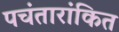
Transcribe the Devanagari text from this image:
पचंतारांकित